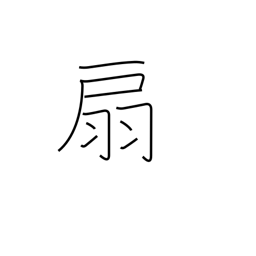
Meaning: fan